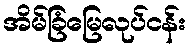
အိမ်ခြံမြေလုပ်ငန်း